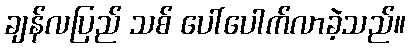
ချန်လပြည် သစ် ပေါ်ပေါက်လာခဲ့သည်။